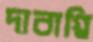
দাবাগ্নি